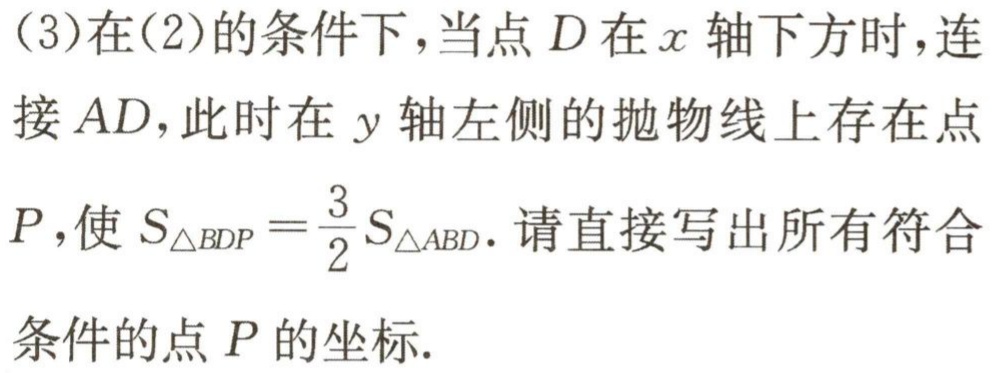
(3)在(2)的条件下，当点\(D\)在\(x\)轴下方时，连接\(AD\)，此时在\(y\)轴左侧的抛物线上存在点\(P\)，使\(S_{\triangle BDP}=\frac{3}{2}S_{\triangle ABD}\). 请直接写出所有符合条件的点\(P\)的坐标.